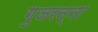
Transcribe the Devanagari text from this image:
गुजरन्ना